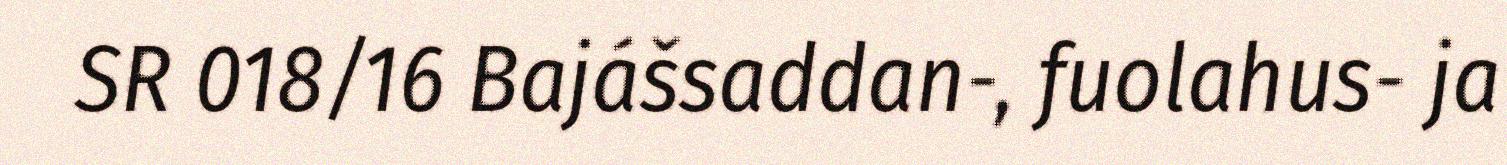
SR 018/16 Bajášsaddan-, fuolahus- ja